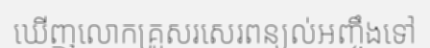
ឃើញលោកគ្រូសរសេរពន្យល់អញ្ចឹងទៅ